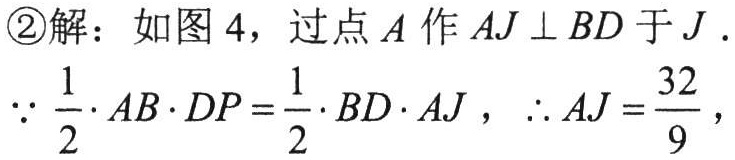
\textcircled{2}解：如图4，过点$A$作$AJ\perp BD$于$J$.
$\because\frac{1}{2}\cdot AB\cdot DP=\frac{1}{2}\cdot BD\cdot AJ$，$\therefore AJ = \frac{32}{9}$，